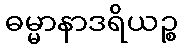
ဓမ္မာနာဒရိယဉ္စ